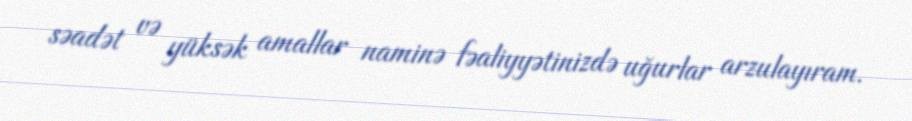
səadət və yüksək amallar naminə fəaliyyətinizdə uğurlar arzulayıram.